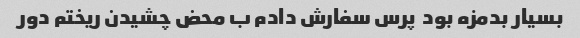
بسیار بدمزه بود  پرس سفارش دادم ب محض چشیدن ریختم دور